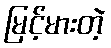
မြင့်မားတဲ့